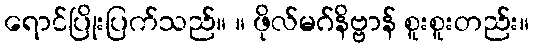
ရောင်ပြိုးပြက်သည်။ ။ ဖိုလ်မဂ်နိဗ္ဗာန် စူးစူးတည်း။